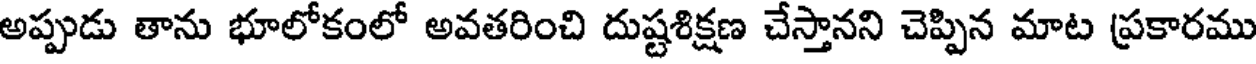
అప్పుడు తాను భూలోకంలో అవతరించి దుష్టశిక్షణ చేస్తానని చెప్పిన మాట ప్రకారము